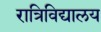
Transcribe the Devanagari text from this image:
रात्रिविद्यालय